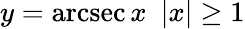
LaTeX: y=\operatorname{arcsec}x\ \ |x|\geq 1